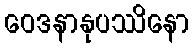
ဝေဒနာနုပဿိနော